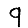
Digit: 9